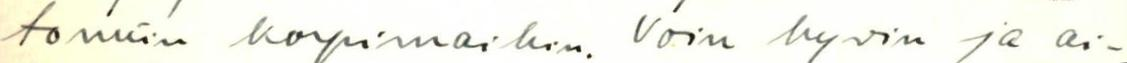
tomiin korpimaihin. Voin hyvin ja ai-